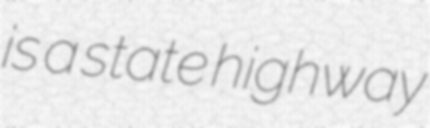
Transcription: is a state highway